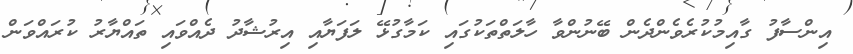
އިންސާފު ގާއިމުކުރެވެންދެން ބޭނުންވާ ހާލަތްތަކުގައި ކަމާގުޅޭ ލަފަޔާއި އިރުޝާދު ދެއްވައި ތައްޔާރު ކުރައްވަން